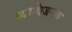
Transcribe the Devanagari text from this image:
व्‍याधिजनक